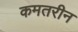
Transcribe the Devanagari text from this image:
कमतरीन